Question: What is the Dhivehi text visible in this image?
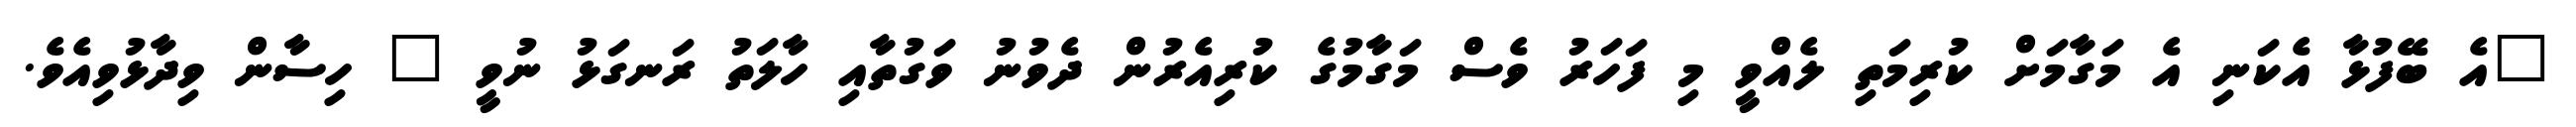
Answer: "އެ ބޭފުޅާ އެކަނި އެ މަގާމަށް ކުރިމަތި ލެއްވީ މި ފަހަރު ވެސް މަގާމުގެ ކުރިއެރުން ދެވުނު ވަގުތާއި ހާލަތު ރަނގަޅު ނުވީ " ހިސާން ވިދާޅުވިއެވެ.